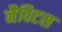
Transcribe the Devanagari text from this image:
नैविटस